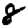
Digit: 8